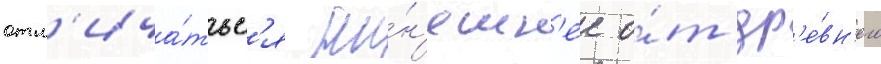
отл'ича́тьс'я ны́н'ешн'ее о́т др'е́вн'его